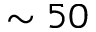
\sim 5 0